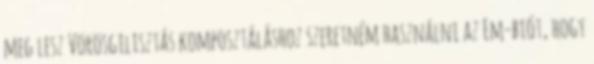
meg lesz Vörösgilisztás komposztáláshoz szeretném használni az Em-biót, hogy